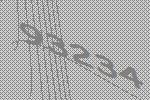
93234